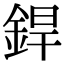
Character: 銲